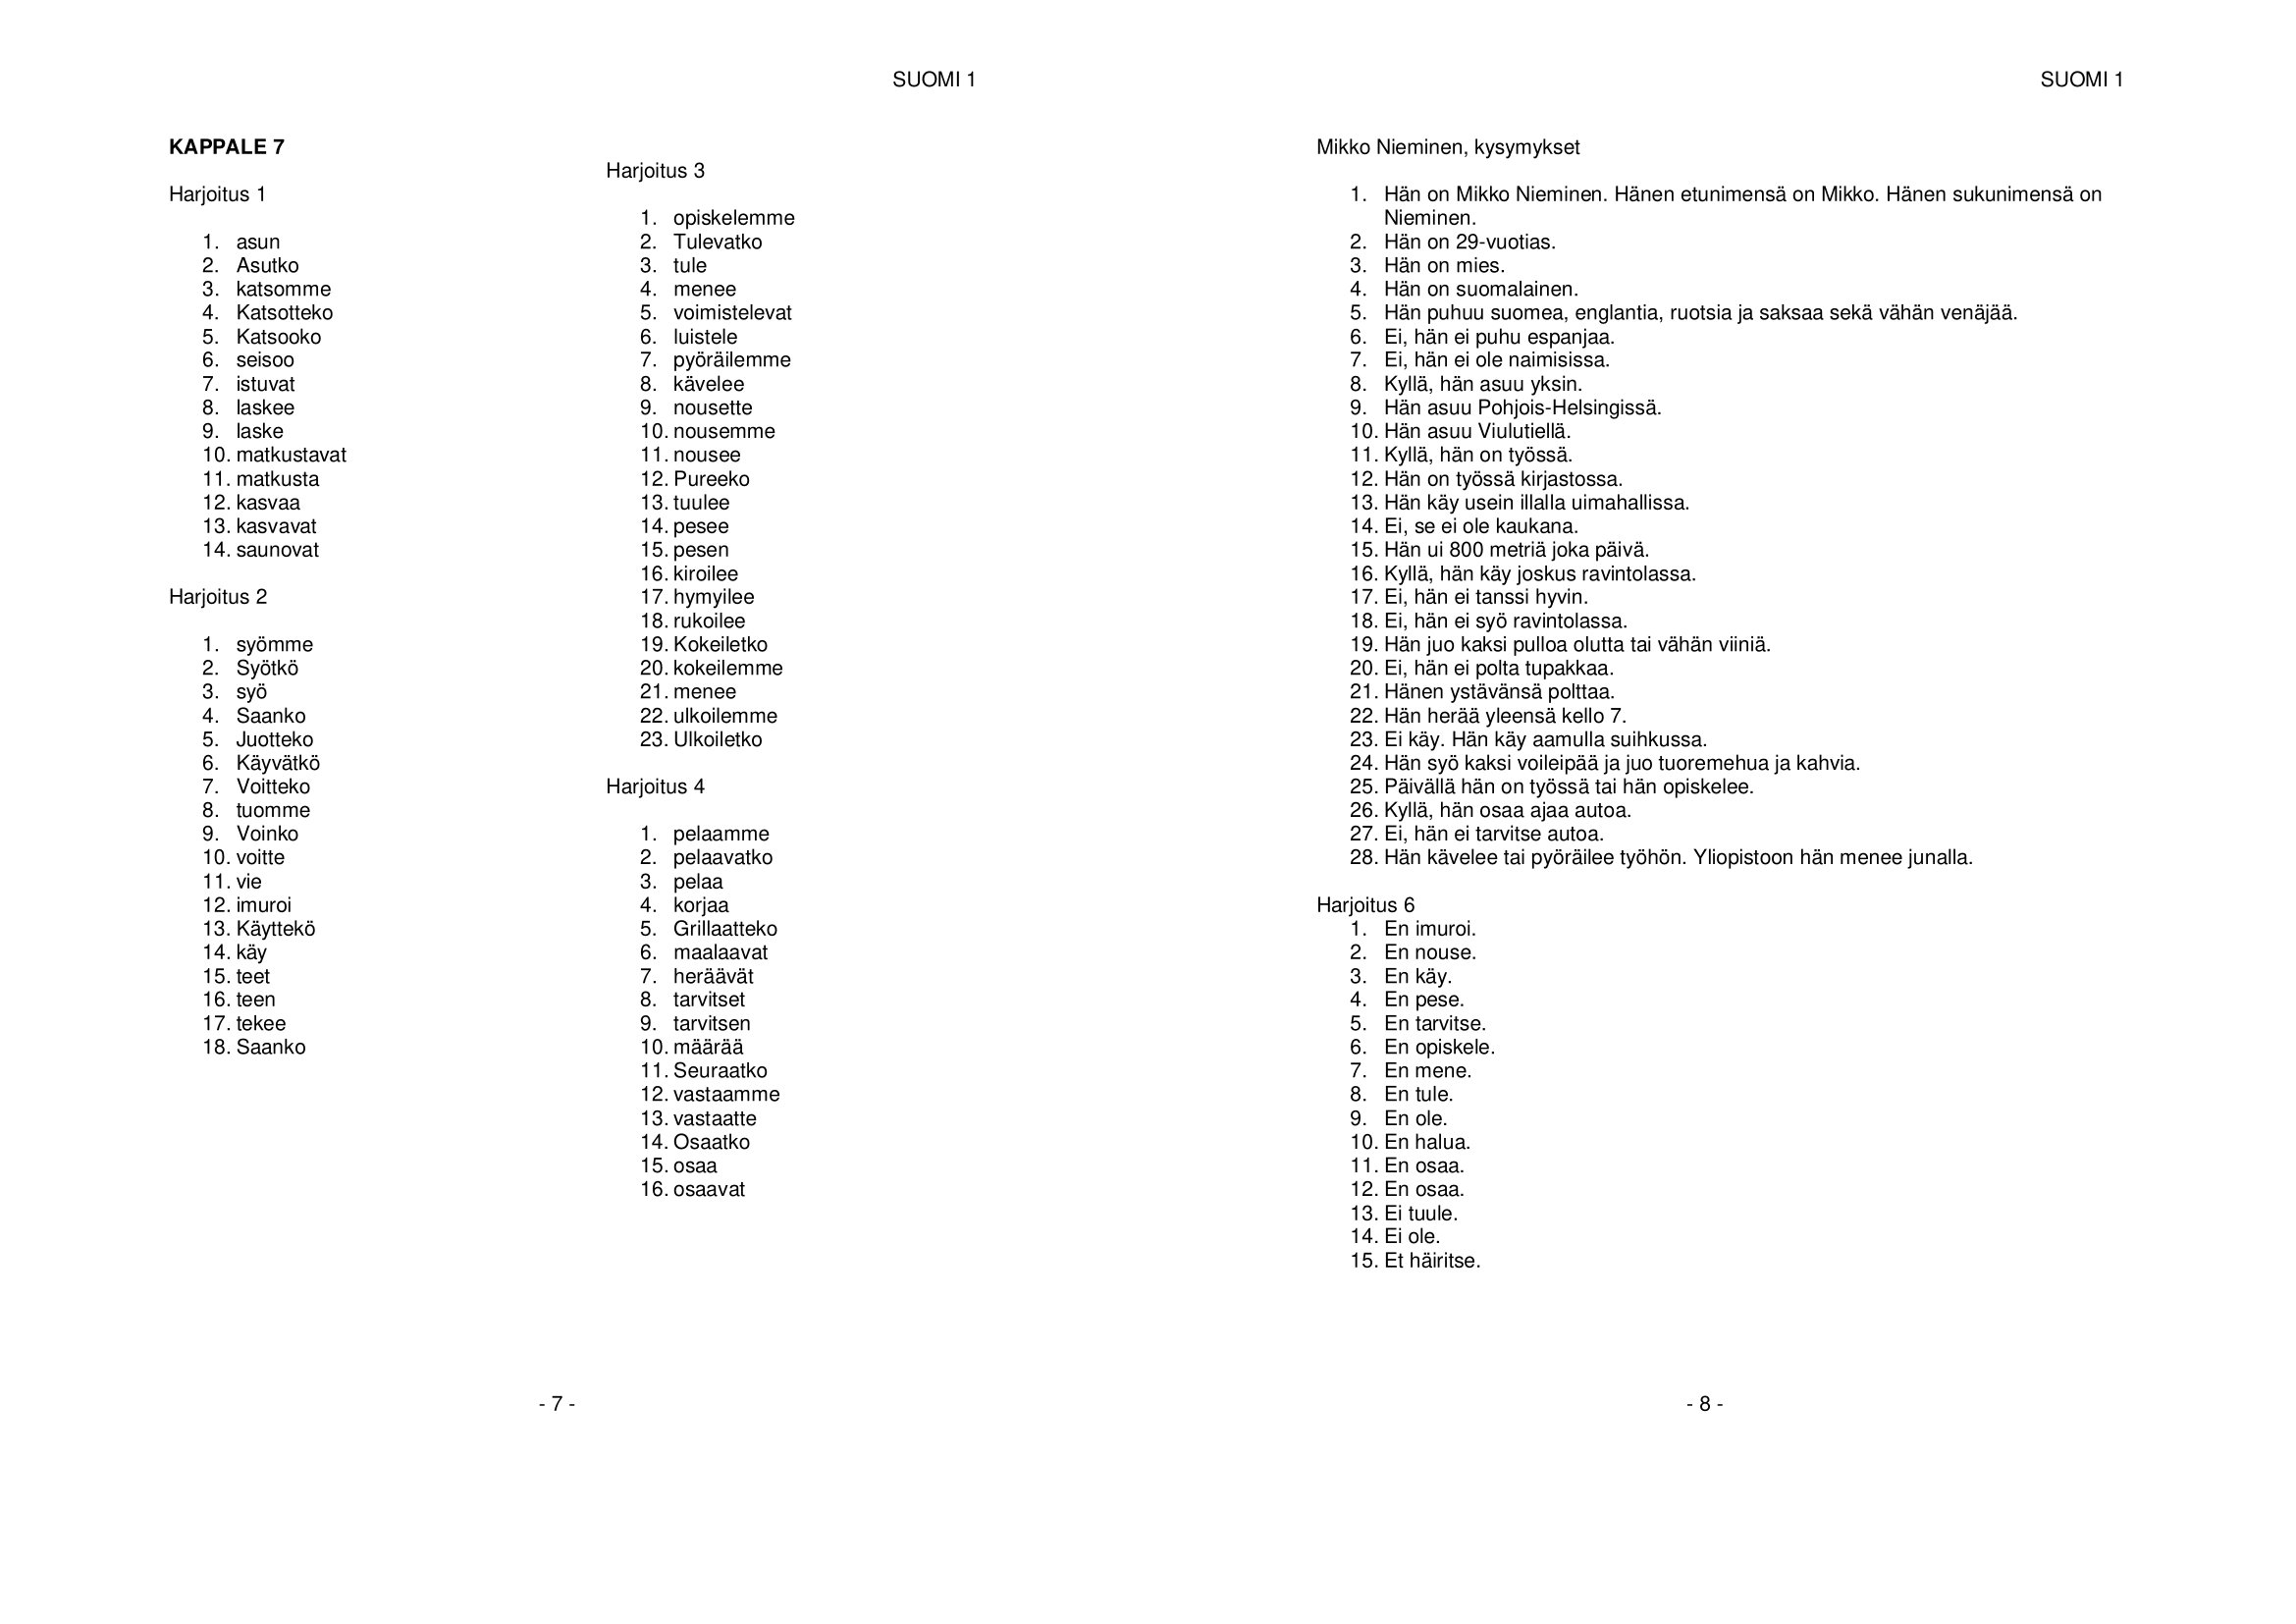
Language: fn